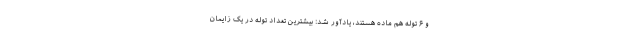
و ۶ توله هم ماده هستند، یادآور شد: بیشترین تعداد توله‌ در یک زایمان